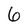
Character: 6